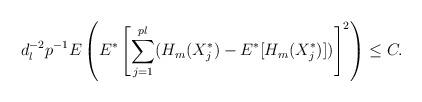
LaTeX: \begin{align*}d_l^{-2} p^{-1} E \left (E^{\ast} \left [ \sum_{j =1}^{pl} ( H_{m}(X_j^{\ast})-E^{\ast} [H_{m}(X_j^{\ast})]) \right ]^2 \right ) \leq C. \end{align*}